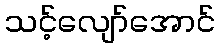
သင့်လျော်အောင်